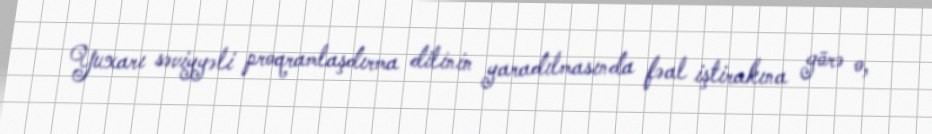
Yuxarı səviyyəli proqramlaşdırma dilinin yaradılmasında fəal iştirakına görə o,